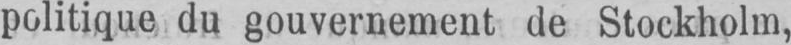
politique du gouvernement de Stockholm,